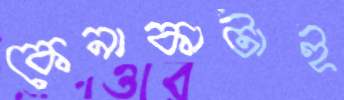
কেনাকাটাই